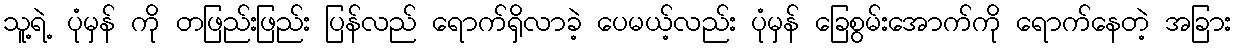
သူ့ရဲ့ ပုံမှန် ကို တဖြည်းဖြည်း ပြန်လည် ရောက်ရှိလာခဲ့ ပေမယ့်လည်း ပုံမှန် ခြေစွမ်းအောက်ကို ရောက်နေတဲ့ အခြား